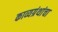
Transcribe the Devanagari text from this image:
काव्यग्रंथांचा